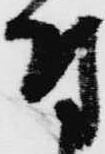
付